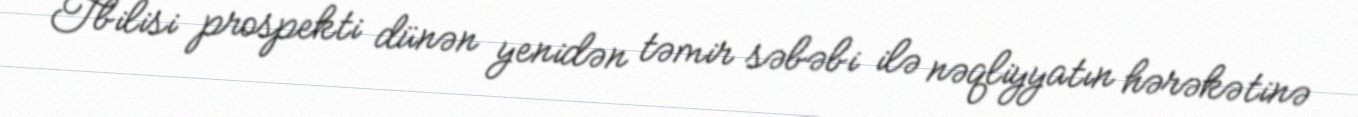
Tbilisi prospekti dünən yenidən təmir səbəbi ilə nəqliyyatın hərəkətinə